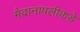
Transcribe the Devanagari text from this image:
मैदानापलीकडे